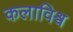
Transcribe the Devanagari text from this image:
कलाविश्व